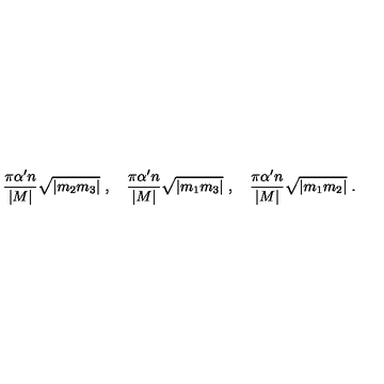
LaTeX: \frac { \pi \alpha ^ { \prime } n } { | M | } \sqrt { | m _ { 2 } m _ { 3 } | } \ , \quad \frac { \pi \alpha ^ { \prime } n } { | M | } \sqrt { | m _ { 1 } m _ { 3 } | } \ , \quad \frac { \pi \alpha ^ { \prime } n } { | M | } \sqrt { | m _ { 1 } m _ { 2 } | } \ .